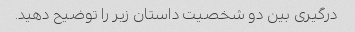
درگیری بین دو شخصیت داستان زیر را توضیح دهید.